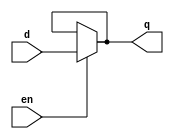
// This program was cloned from: https://github.com/paollacq/Verilog
// License: MIT License

/**************************************************
P1.1 D-LATCH DATAFLOW
************************************************/

module dlatch_df(q,d,en);

	input en,d;
	output q;

assign q = en?d:q;

endmodule